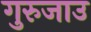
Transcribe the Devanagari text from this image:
गुरुजाउ